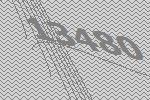
13480